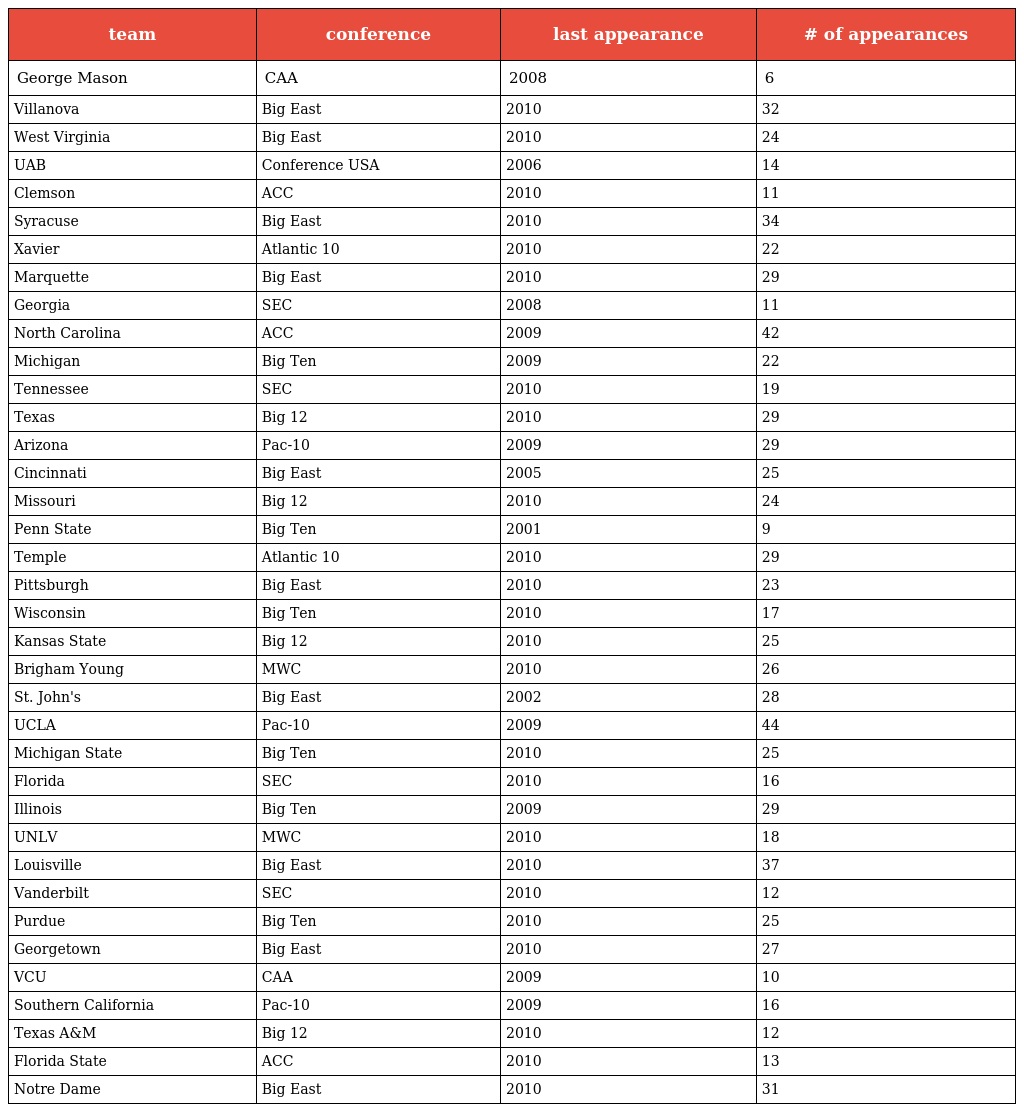
| team | conference | last appearance | # of appearances |
 | --- | --- | --- | --- |
 | George Mason | CAA | 2008 | 6 |
 | Villanova | Big East | 2010 | 32 |
 | West Virginia | Big East | 2010 | 24 |
 | UAB | Conference USA | 2006 | 14 |
 | Clemson | ACC | 2010 | 11 |
 | Syracuse | Big East | 2010 | 34 |
 | Xavier | Atlantic 10 | 2010 | 22 |
 | Marquette | Big East | 2010 | 29 |
 | Georgia | SEC | 2008 | 11 |
 | North Carolina | ACC | 2009 | 42 |
 | Michigan | Big Ten | 2009 | 22 |
 | Tennessee | SEC | 2010 | 19 |
 | Texas | Big 12 | 2010 | 29 |
 | Arizona | Pac-10 | 2009 | 29 |
 | Cincinnati | Big East | 2005 | 25 |
 | Missouri | Big 12 | 2010 | 24 |
 | Penn State | Big Ten | 2001 | 9 |
 | Temple | Atlantic 10 | 2010 | 29 |
 | Pittsburgh | Big East | 2010 | 23 |
 | Wisconsin | Big Ten | 2010 | 17 |
 | Kansas State | Big 12 | 2010 | 25 |
 | Brigham Young | MWC | 2010 | 26 |
 | St. John's | Big East | 2002 | 28 |
 | UCLA | Pac-10 | 2009 | 44 |
 | Michigan State | Big Ten | 2010 | 25 |
 | Florida | SEC | 2010 | 16 |
 | Illinois | Big Ten | 2009 | 29 |
 | UNLV | MWC | 2010 | 18 |
 | Louisville | Big East | 2010 | 37 |
 | Vanderbilt | SEC | 2010 | 12 |
 | Purdue | Big Ten | 2010 | 25 |
 | Georgetown | Big East | 2010 | 27 |
 | VCU | CAA | 2009 | 10 |
 | Southern California | Pac-10 | 2009 | 16 |
 | Texas A&M | Big 12 | 2010 | 12 |
 | Florida State | ACC | 2010 | 13 |
 | Notre Dame | Big East | 2010 | 31 |